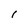
Character: 1